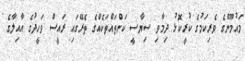
މައުމޫންގެ ވެރިކަމުގެ ކުރީކޮޅު ދިމާވި ސިޔާސީ ކަންތައްތަކެއްގެ ތެރޭގައި ރައީސް ވަހީދުގެ އާއިލާގެ